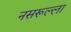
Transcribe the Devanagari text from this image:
नसरूल्ला